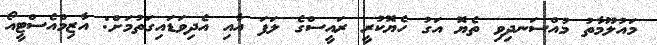
މައުލޫމާތު މުއްސަނދިވި ތެޔޮ އަގު ހެޔޮކުރީ ރައީސްގެ ލަފަ އާއި އެދިވަޑައިގަތުމަށް: އާޒިމްއެސްޓީއޯ